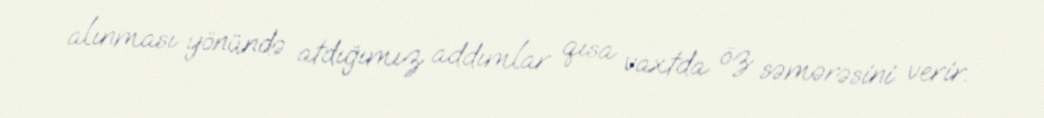
alınması yönündə atdığımız addımlar qısa vaxtda öz səmərəsini verir.